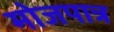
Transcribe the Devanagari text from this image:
मोजपात्र